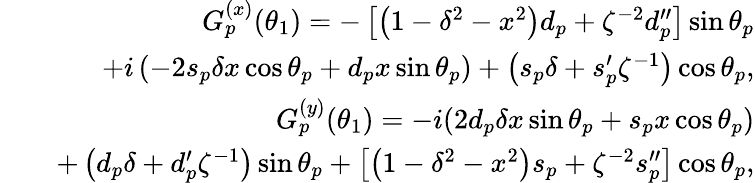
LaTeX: \begin{array}{rlr}&{}&{G_{p}^{(x)}(\theta_{1})=-\left[\left(1-\delta^{2}-x^{2}\right)d_{p}+\zeta^{-2}d_{p}^{\prime\prime}\right]\sin\theta_{p}}\\ &{}&{+i\left(-2s_{p}\delta x\cos\theta_{p}+d_{p}x\sin\theta_{p}\right)+\left(s_{p}\delta+s_{p}^{\prime}\zeta^{-1}\right)\cos\theta_{p},}\\ &{}&{G_{p}^{(y)}(\theta_{1})=-i(2d_{p}\delta x\sin\theta_{p}+s_{p}x\cos\theta_{p})}\\ &{}&{+\left(d_{p}\delta+d_{p}^{\prime}\zeta^{-1}\right)\sin\theta_{p}+\left[\left(1-\delta^{2}-x^{2}\right)s_{p}+\zeta^{-2}s_{p}^{\prime\prime}\right]\cos\theta_{p},}\end{array}